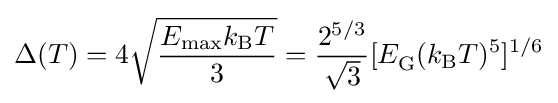
\Delta (T)=4{\sqrt {\frac {E_{\rm {max}}k_{\rm {B}}T}{3}}}={\frac {2^{5/3}}{\sqrt {3}}}[E_{\rm {G}}^{}(k_{\rm {B}}T)^{5}]^{1/6}